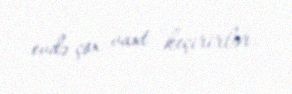
evdə çox vaxt keçirirlər.